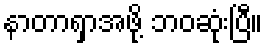
နာတာရှာအဖို့ ဘဝဆုံးပြီ။